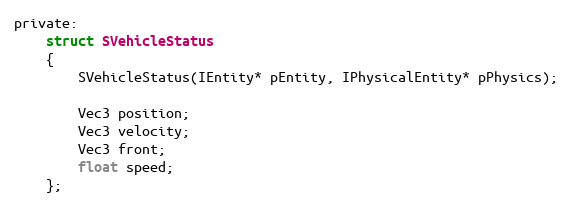
Language: C
private:
	struct SVehicleStatus
	{
		SVehicleStatus(IEntity* pEntity, IPhysicalEntity* pPhysics);

		Vec3 position;
		Vec3 velocity;
		Vec3 front;
		float speed;
	};